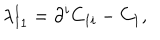
\lambda _ { 1 1 } ^ { 1 } = \partial ^ { i } C _ { 1 i } - C _ { 1 } ,